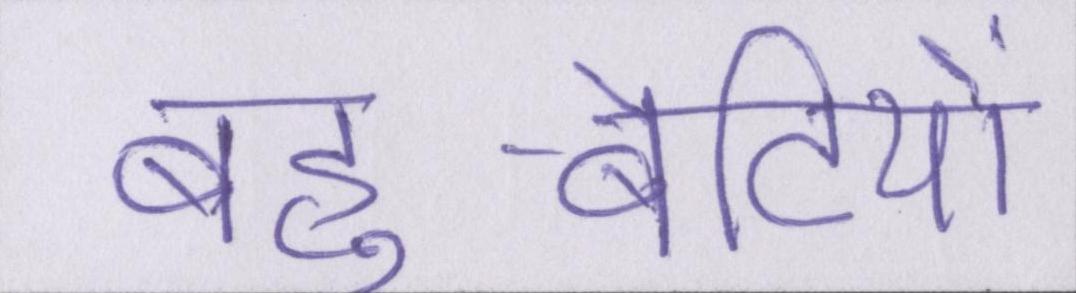
बहु-बेटियों